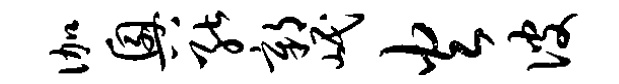
伽兴能鄣岷火彼